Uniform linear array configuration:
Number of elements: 4
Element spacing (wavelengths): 0.5
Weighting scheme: cosine
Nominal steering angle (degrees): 45
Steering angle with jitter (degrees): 46.214
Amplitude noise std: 0.05
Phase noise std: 0.05

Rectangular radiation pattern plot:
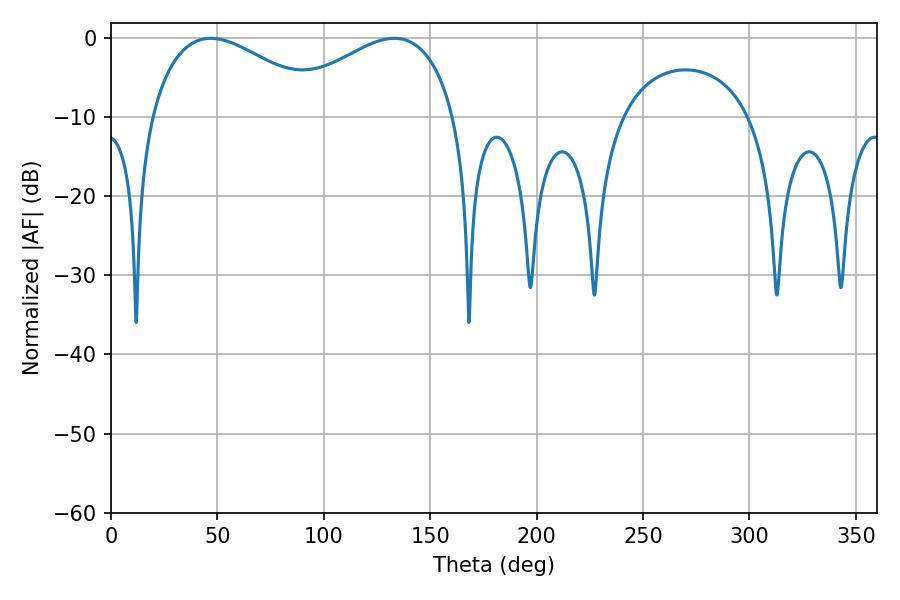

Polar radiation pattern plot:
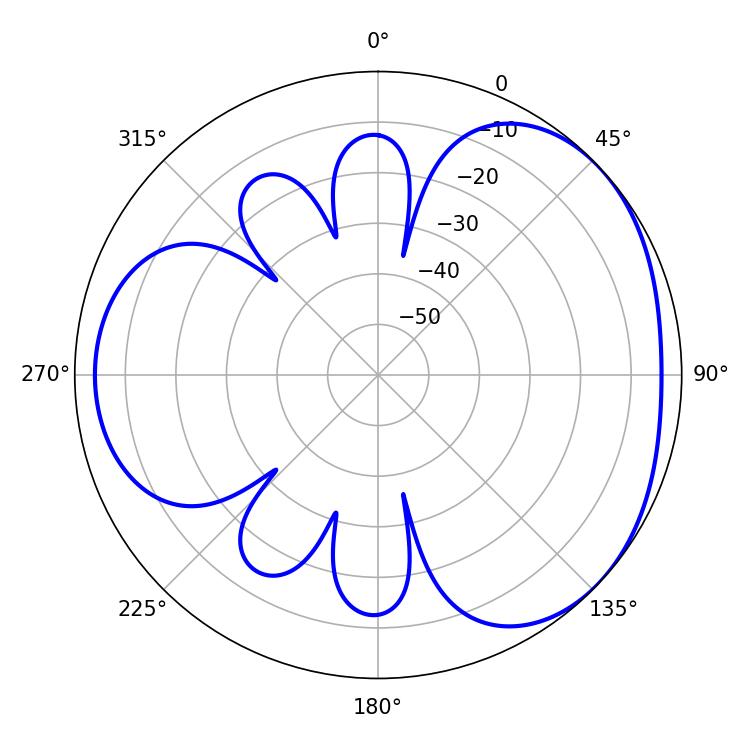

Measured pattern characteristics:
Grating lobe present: FALSE
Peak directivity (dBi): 3.353
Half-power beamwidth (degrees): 45.54
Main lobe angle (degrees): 46.8